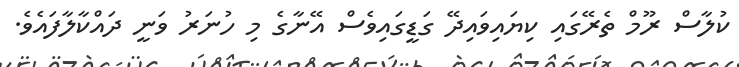
ކުލާސް ރޫމް ތެރޭގައި ކިޔައިވައިދޭ ގަޑީގައިވެސް އޭނާގެ މި ހުނަރު ވަނީ ދައްކާލާފައެވެ.